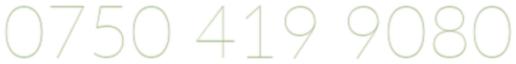
0750 419 9080